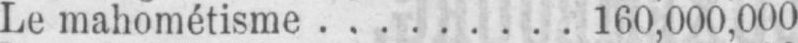
Le mahométisme ......... 160,000,000